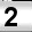
Digit: 2